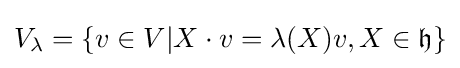
V_{\lambda }=\{v\in V|X\cdot v=\lambda (X)v,X\in {\mathfrak {h}}\}